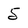
Character: 5